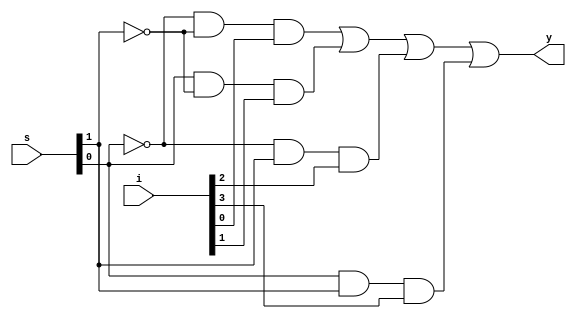
module mux4x1(i,s,y);
  
  input [3:0] i;
  input [1:0] s;
  output y;
  
  assign y = (~s[0] & ~s[1] & i[0]) | (s[0] & ~s[1] & i[1] )| (~s[0] & s[1] & i[2]) | (s[0] & s[1] & i[3]);
  
  
endmodule